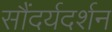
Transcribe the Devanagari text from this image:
सौंदर्यदर्शन